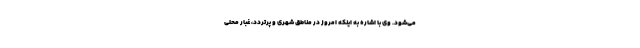
می‌شود. وی با اشاره به اینکه امروز در مناطق شهری و پرتردد، غبار محلی